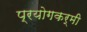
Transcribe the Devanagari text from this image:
प्रयोगकर्मी